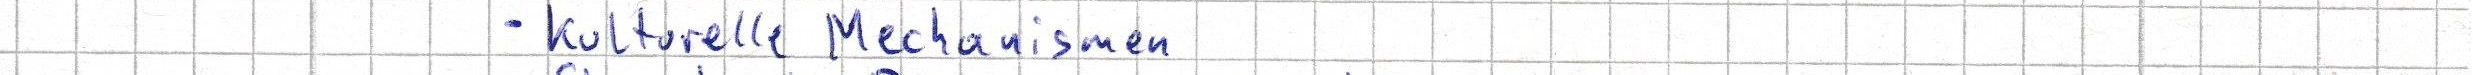
- Kulturelle Mechanismen